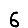
Digit: 6